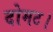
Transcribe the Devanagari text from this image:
दोमट।